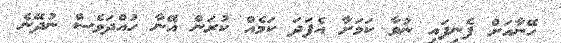
ހޭނާއަށް ފެނިފައި ނުވާ ކަމަށާ އެފަދަ ކަމެއް ކުރަން އޭނާ ހުއްދަވެސް ނުދޭނެ